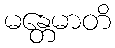
မန္တေမာတိ